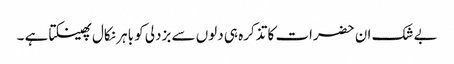
بے شک ان حضرات کا تذکرہ ہی دلوں سے بزدلی کو باہر نکال پھینکتا ہے ۔